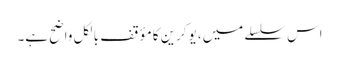
اس سلسلے میں، یوکرین کا مؤقف بالکل واضح ہے۔